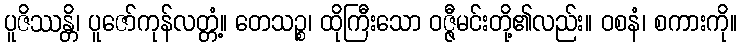
ပူဇိဿန္တိ၊ ပူဇော်ကုန်လတ္တံ့။ တေသဉ္စ၊ ထိုကြီးသော ဝဇ္ဇီမင်းတို့၏လည်း။ ဝစနံ၊ စကားကို။